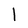
Character: l